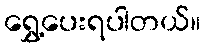
ရွှေ့ပေးရပါတယ်။